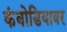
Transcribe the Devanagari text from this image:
कंबोडियावर